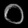
Digit: ၀